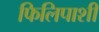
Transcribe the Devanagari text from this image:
फिलिपाशी